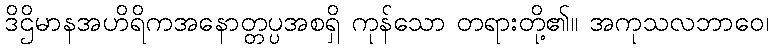
ဒိဌိမာနအဟိရိကအနောတ္တပ္ပအစရှိ ကုန်သော တရားတို့၏။ အကုသလဘာဝေ၊